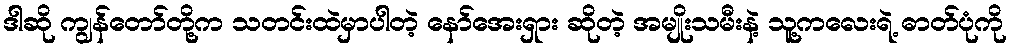
ဒါဆို ကျွန်တော်တို့က သတင်းထဲမှာပါတဲ့ နော်အေးရှား ဆိုတဲ့ အမျိုးသမီးနဲ့ သူ့ကလေးရဲ့ ဓာတ်ပုံကို